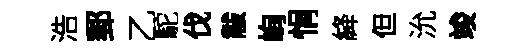
浩郵乙駝伐黻峋悁絳但沇竣